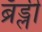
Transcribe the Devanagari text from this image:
ब्रॅड्ली